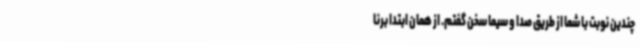
چندین نوبت با شما از طریق صدا و سیما سخن گفتم. از همان ابتدا برنا